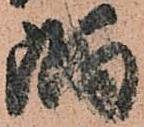
隅